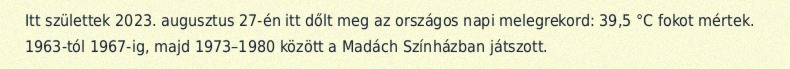
Itt születtek 2023. augusztus 27-én itt dőlt meg az országos napi melegrekord: 39,5 °C fokot mértek. 1963-tól 1967-ig, majd 1973–1980 között a Madách Színházban játszott.